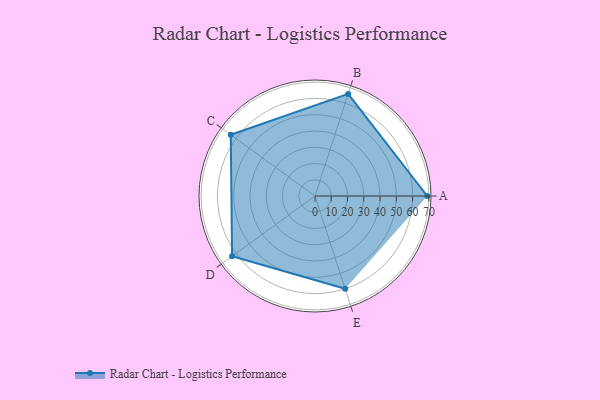
{"axis": {"x": "Skill", "y": "Score"}, "legend": ["Profile"], "data": [{"x": "A", "y": 69.0, "type": "Profile"}, {"x": "B", "y": 66.0, "type": "Profile"}, {"x": "C", "y": 64.0, "type": "Profile"}, {"x": "D", "y": 63.0, "type": "Profile"}, {"x": "E", "y": 60.0, "type": "Profile"}]}